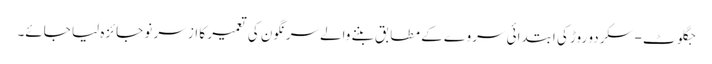
جگلوٹ-سکردو روڑ کی ابتدائی سر وے کے مطابق بننے والےسرنگون کی تعمیر کا از سر نو جائزہ لیا جائے۔